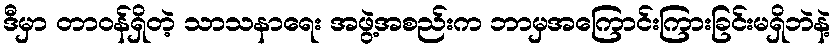
ဒီမှာ တာဝန်ရှိတဲ့ သာသနာရေး အဖွဲ့အစည်းက ဘာမှအကြောင်းကြားခြင်းမရှိဘဲနဲ့